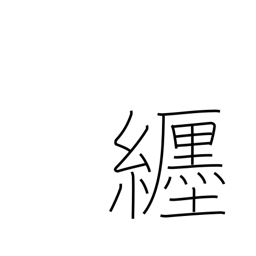
Meaning: wear